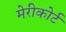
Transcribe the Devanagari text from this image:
मेरीकोर्ट